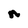
Character: n